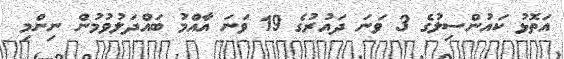
އަތޮޅު ކައުންސިލުގެ 3 ވަނަ ދައުރުގެ 19 ވަނަ އާއްމު ބައްދަލުވުމުން ނިންމި